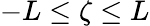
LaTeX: -L\leq\zeta\leq L